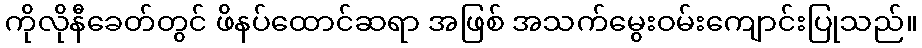
ကိုလိုနီခေတ်တွင် ဖိနပ်ထောင်ဆရာ အဖြစ် အသက်မွေးဝမ်းကျောင်းပြုသည်။